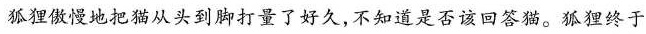
”狐狸傲慢地把猫从头到脚打量了好久，不知道是否该回答猫。狐狸终于